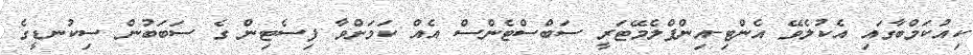
ކިއުކަމްބާގައި އެކުލެވޭ އެންޓި-އިންފްލެމޭޓަރީ ސަބްސްޓެންސް އެއް ކަމަށްވާ ފިސެޓިން ގެ ސަބަބުން ސިކުނޑީގެ